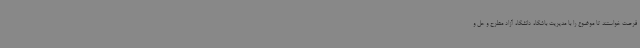
فرصت خواستند تا موضوع را با مدیریت باشگاه دانشگاه آزاد مطرح و حل و